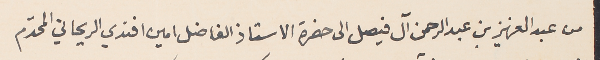
من عبد العزيز بن عبد الرحمن آل فيصل الى حضرة الاستاذ الفاضل امين افندي الريحاني المحترم